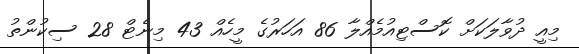
މިއީ ދުވާލަކަށް ކޮސްޓިއުމެއްލާ 86 އަހަރުގެ މީހެއް 43 މިނެޓް 28 ސިކުންތު